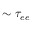
\sim \tau _ { e e }